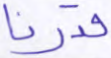
قدرنا